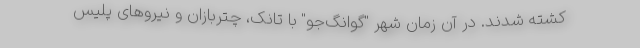
کشته شدند. در آن زمان شهر "گوانگ‌جو" با تانک، چتربازان و نیروهای پلیس